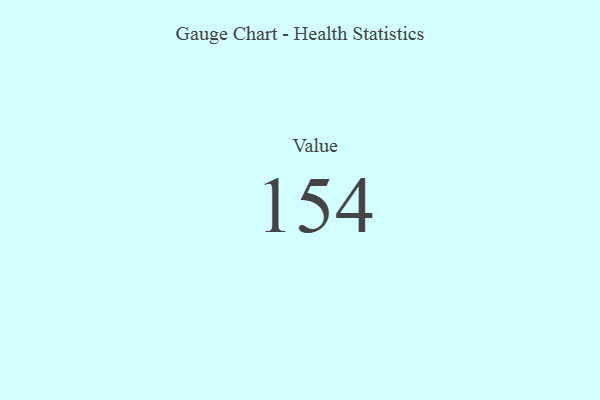
{"axis": {"x": "Metric", "y": "Value"}, "legend": [""], "data": [{"x": "Value", "y": 154, "type": ""}]}